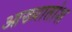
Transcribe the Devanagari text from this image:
आख्यातांश